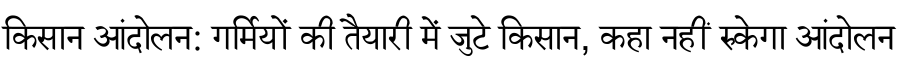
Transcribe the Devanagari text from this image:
किसान आंदोलन: गर्मियों की तैयारी में जुटे किसान, कहा नहीं रुकेगा आंदोलन